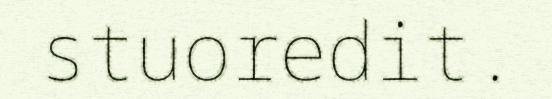
stuoredit.